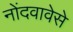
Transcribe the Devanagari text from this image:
नोंदवावेसे